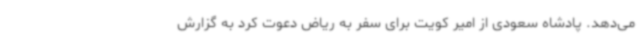
می‌دهد. پادشاه سعودی از امیر کویت برای سفر به ریاض دعوت کرد به گزارش